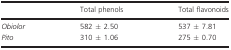
|  | Total phenols | Total flavonoids |
 | --- | --- | --- |
 | Obiolor | 582 ± 2.50 | 537 ± 7.81 |
 | Pito | 310 ± 1.06 | 275 ± 0.70 |